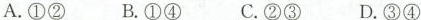
A.①② B.①④ C.②③ D.③④